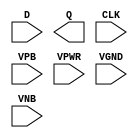
module sky130_fd_sc_lp__dfxtp (
    //# {{data|Data Signals}}
    input  D   ,
    output Q   ,

    //# {{clocks|Clocking}}
    input  CLK ,

    //# {{power|Power}}
    input  VPB ,
    input  VPWR,
    input  VGND,
    input  VNB
);
endmodule